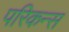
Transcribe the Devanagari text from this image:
परिकन्स